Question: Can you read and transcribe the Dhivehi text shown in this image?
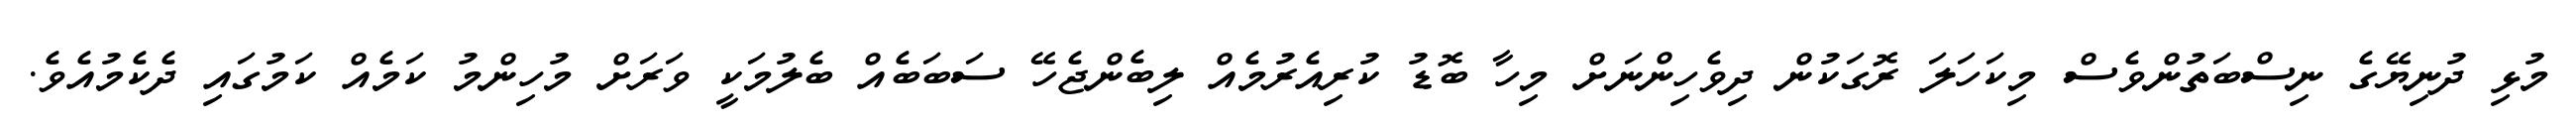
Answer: މުޅި ދުނިޔޭގެ ނިސްބަތުންވެސް މިކަހަލަ ރޮގަކުން ދިވެހިންނަށް މިހާ ބޮޑު ކުރިއެރުމެއް ލިބެންޖެހޭ ސަބަބެއް ބެލުމަކީ ވަރަށް މުހިންމު ކަމެއް ކަމުގައި ދެކެމުއެވެ.